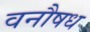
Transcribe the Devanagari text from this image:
वनौषध